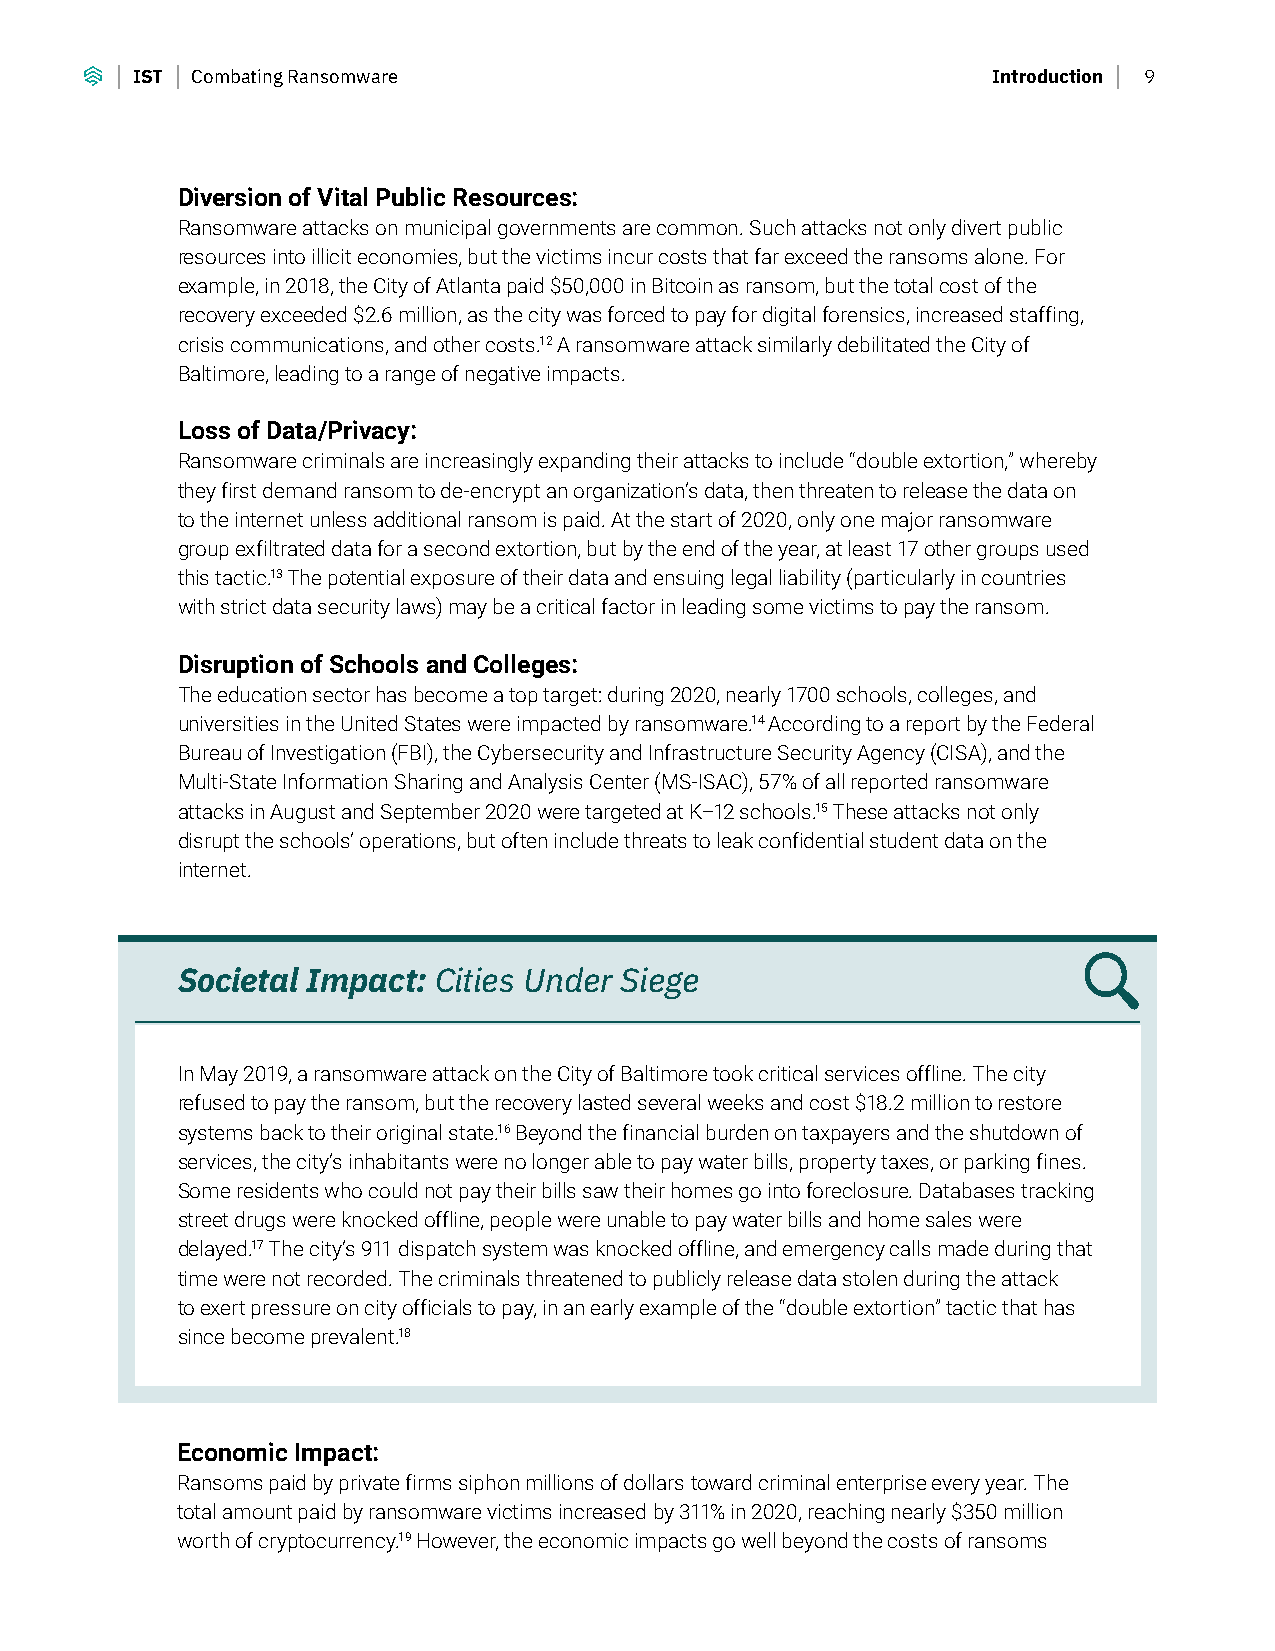
IST Combating Ransomware                                 Introduction 9
 Diversion of Vital Public Resources:
 Ransomware attacks on municipal governments are common. Such attacks not only divert public
 resources into illicit economies, but the victims incur costs that far exceed the ransoms alone. For
 example, in 2018, the City of Atlanta paid $50,000 in Bitcoin as ransom, but the total cost of the
 recovery exceeded $2.6 million, as the city was forced to pay for digital forensics, increased staffing,
 crisis communications, and other costs.12 A ransomware attack similarly debilitated the City of
 Baltimore, leading to a range of negative impacts.
 Loss of Data/Privacy:
 Ransomware criminals are increasingly expanding their attacks to include “double extortion,” whereby
 they first demand ransom to de-encrypt an organization’s data, then threaten to release the data on
 to the internet unless additional ransom is paid. At the start of 2020, only one major ransomware
 group exfiltrated data for a second extortion, but by the end of the year, at least 17 other groups used
 this tactic.13 The potential exposure of their data and ensuing legal liability (particularly in countries
 with strict data security laws) may be a critical factor in leading some victims to pay the ransom.
 Disruption of Schools and Colleges:
 The education sector has become a top target: during 2020, nearly 1700 schools, colleges, and
 universities in the United States were impacted by ransomware.14 According to a report by the Federal
 Bureau of Investigation (FBI), the Cybersecurity and Infrastructure Security Agency (CISA), and the
 Multi-State Information Sharing and Analysis Center (MS-ISAC), 57% of all reported ransomware
 attacks in August and September 2020 were targeted at K–12 schools.15 These attacks not only
 disrupt the schools’ operations, but often include threats to leak confidential student data on the
 internet.
 Societal Impact: Cities Under Siege
 In May 2019, a ransomware attack on the City of Baltimore took critical services offline. The city
 refused to pay the ransom, but the recovery lasted several weeks and cost $18.2 million to restore
 systems back to their original state.16 Beyond the financial burden on taxpayers and the shutdown of
 services, the city’s inhabitants were no longer able to pay water bills, property taxes, or parking fines.
 Some residents who could not pay their bills saw their homes go into foreclosure. Databases tracking
 street drugs were knocked offline, people were unable to pay water bills and home sales were
 delayed.17 The city’s 911 dispatch system was knocked offline, and emergency calls made during that
 time were not recorded. The criminals threatened to publicly release data stolen during the attack
 to exert pressure on city officials to pay, in an early example of the “double extortion” tactic that has
 since become prevalent.18
 Economic Impact:
 Ransoms paid by private firms siphon millions of dollars toward criminal enterprise every year. The
 total amount paid by ransomware victims increased by 311% in 2020, reaching nearly $350 million
 worth of cryptocurrency.19 However, the economic impacts go well beyond the costs of ransoms